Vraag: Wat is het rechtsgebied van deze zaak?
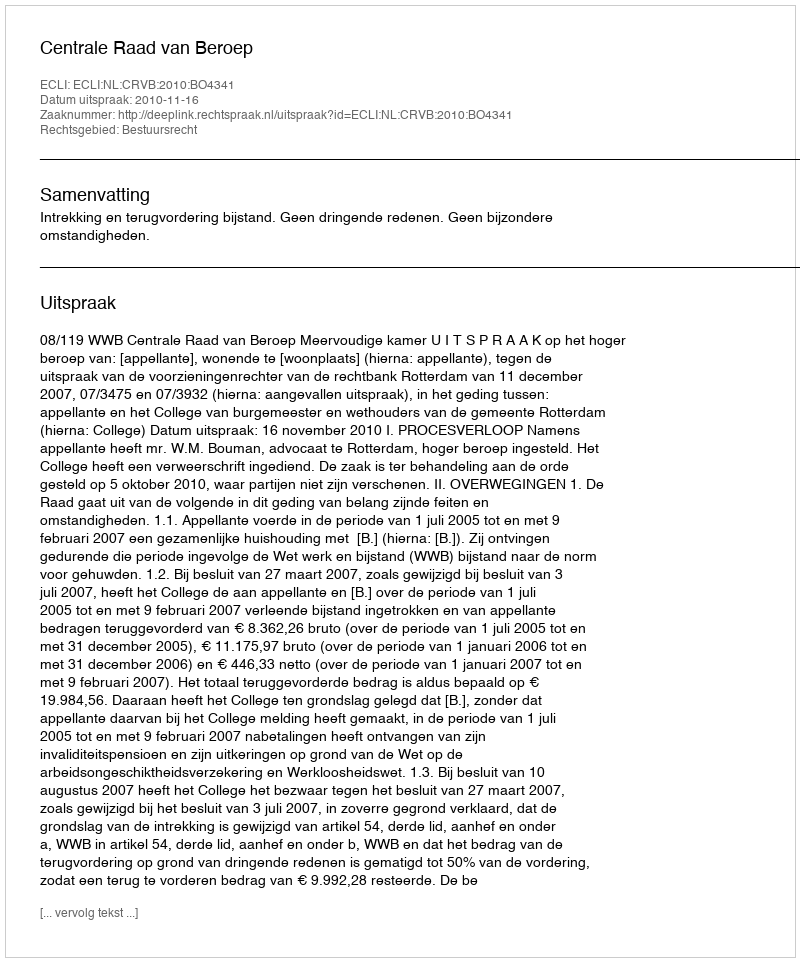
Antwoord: Bestuursrecht